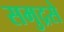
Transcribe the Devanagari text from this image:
समुद्रसे